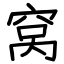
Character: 窝